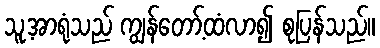
သူ့အာရုံသည် ကျွန်တော့်ထံလာ၍ စုပြန်သည်။